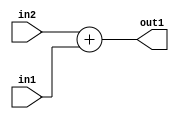
`timescale 1ps / 1ps
/*****************************************************************************
    Verilog RTL Description
    
    
    Created by: Stratus DpOpt 21.05.01 
*******************************************************************************/

module dut_Add_6Ux6U_7U_1 (
	in2,
	in1,
	out1
	); /* architecture "behavioural" */ 
input [5:0] in2,
	in1;
output [6:0] out1;
wire [6:0] asc001;

assign asc001 = 
	+(in2)
	+(in1);

assign out1 = asc001;
endmodule

/* CADENCE  urj3SgA= : u9/ySxbfrwZIxEzHVQQV8Q== ** DO NOT EDIT THIS LINE ******/